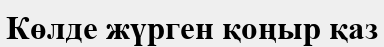
Көлде жүрген қоңыр қаз